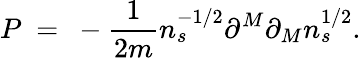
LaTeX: P~=~-\frac{1}{2m}n_{s}^{-1/2}\partial^{M}\partial_{M}n_{s}^{1/2}.